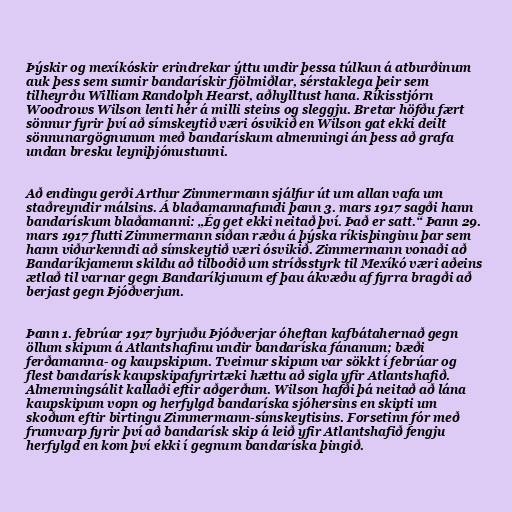
Þýskir og mexíkóskir erindrekar ýttu undir þessa túlkun á atburðinum
auk þess sem sumir bandarískir fjölmiðlar, sérstaklega þeir sem
tilheyrðu William Randolph Hearst, aðhylltust hana. Ríkisstjórn
Woodrows Wilson lenti hér á milli steins og sleggju. Bretar höfðu fært
sönnur fyrir því að símskeytið væri ósvikið en Wilson gat ekki deilt
sönnunargögnunum með bandarískum almenningi án þess að grafa
undan bresku leyniþjónustunni.

Að endingu gerði Arthur Zimmermann sjálfur út um allan vafa um
staðreyndir málsins. Á blaðamannafundi þann 3. mars 1917 sagði hann
bandarískum blaðamanni: „Ég get ekki neitað því. Það er satt.“ Þann 29.
mars 1917 flutti Zimmermann síðan ræðu á þýska ríkisþinginu þar sem
hann viðurkenndi að símskeytið væri ósvikið. Zimmermann vonaði að
Bandaríkjamenn skildu að tilboðið um stríðsstyrk til Mexíkó væri aðeins
ætlað til varnar gegn Bandaríkjunum ef þau ákvæðu af fyrra bragði að
berjast gegn Þjóðverjum.

Þann 1. febrúar 1917 byrjuðu Þjóðverjar óheftan kafbátahernað gegn
öllum skipum á Atlantshafinu undir bandaríska fánanum; bæði
ferðamanna- og kaupskipum. Tveimur skipum var sökkt í febrúar og
flest bandarísk kaupskipafyrirtæki hættu að sigla yfir Atlantshafið.
Almenningsálit kallaði eftir aðgerðum. Wilson hafði þá neitað að lána
kaupskipum vopn og herfylgd bandaríska sjóhersins en skipti um
skoðum eftir birtingu Zimmermann-símskeytisins. Forsetinn fór með
frumvarp fyrir því að bandarísk skip á leið yfir Atlantshafið fengju
herfylgd en kom því ekki í gegnum bandaríska þingið.